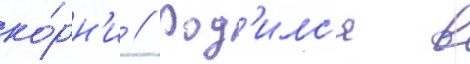
ко́рн'и // Род'илс'я в